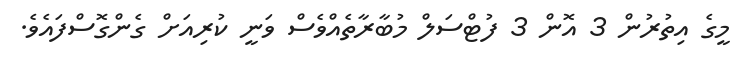
މީގެ އިތުރުން 3 އޮން 3 ފުޓްސަލް މުބާރާތެއްވެސް ވަނީ ކުރިއަށް ގެންގޮސްފައެވެ.